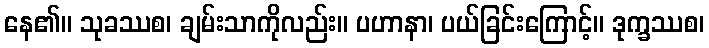
နေ၏။ သုခဿစ၊ ချမ်းသာကိုလည်း။ ပဟာနာ၊ ပယ်ခြင်းကြောင့်။ ဒုက္ခဿစ၊